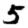
Digit: 5